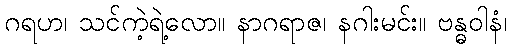
ဂရဟ၊ သင်ကဲ့ရဲ့လော။ နာဂရာဇ၊ နဂါးမင်း။ ဗန္ဓဝါနံ၊